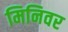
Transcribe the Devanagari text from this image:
मिनिवर